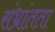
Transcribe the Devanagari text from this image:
संभ्रांतता